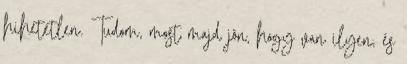
hihetetlen. Tudom, most majd jön, hogy van ilyen, és